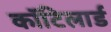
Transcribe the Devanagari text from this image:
कॉटिलार्ड